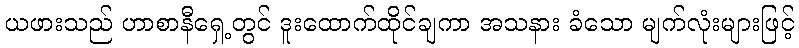
ယဖားသည် ဟာစာနီရှေ့တွင် ဒူးထောက်ထိုင်ချကာ အသနား ခံသော မျက်လုံးများဖြင့်